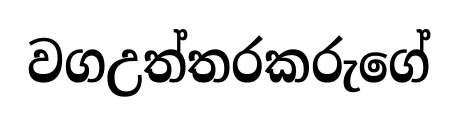
වගඋත්තරකරුගේ